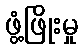
ဖွံ့ဖြိုးမှု